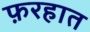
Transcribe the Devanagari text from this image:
फ़रहात